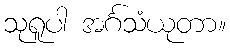
သုရူပါ အင်္ဂသံယုတာ။